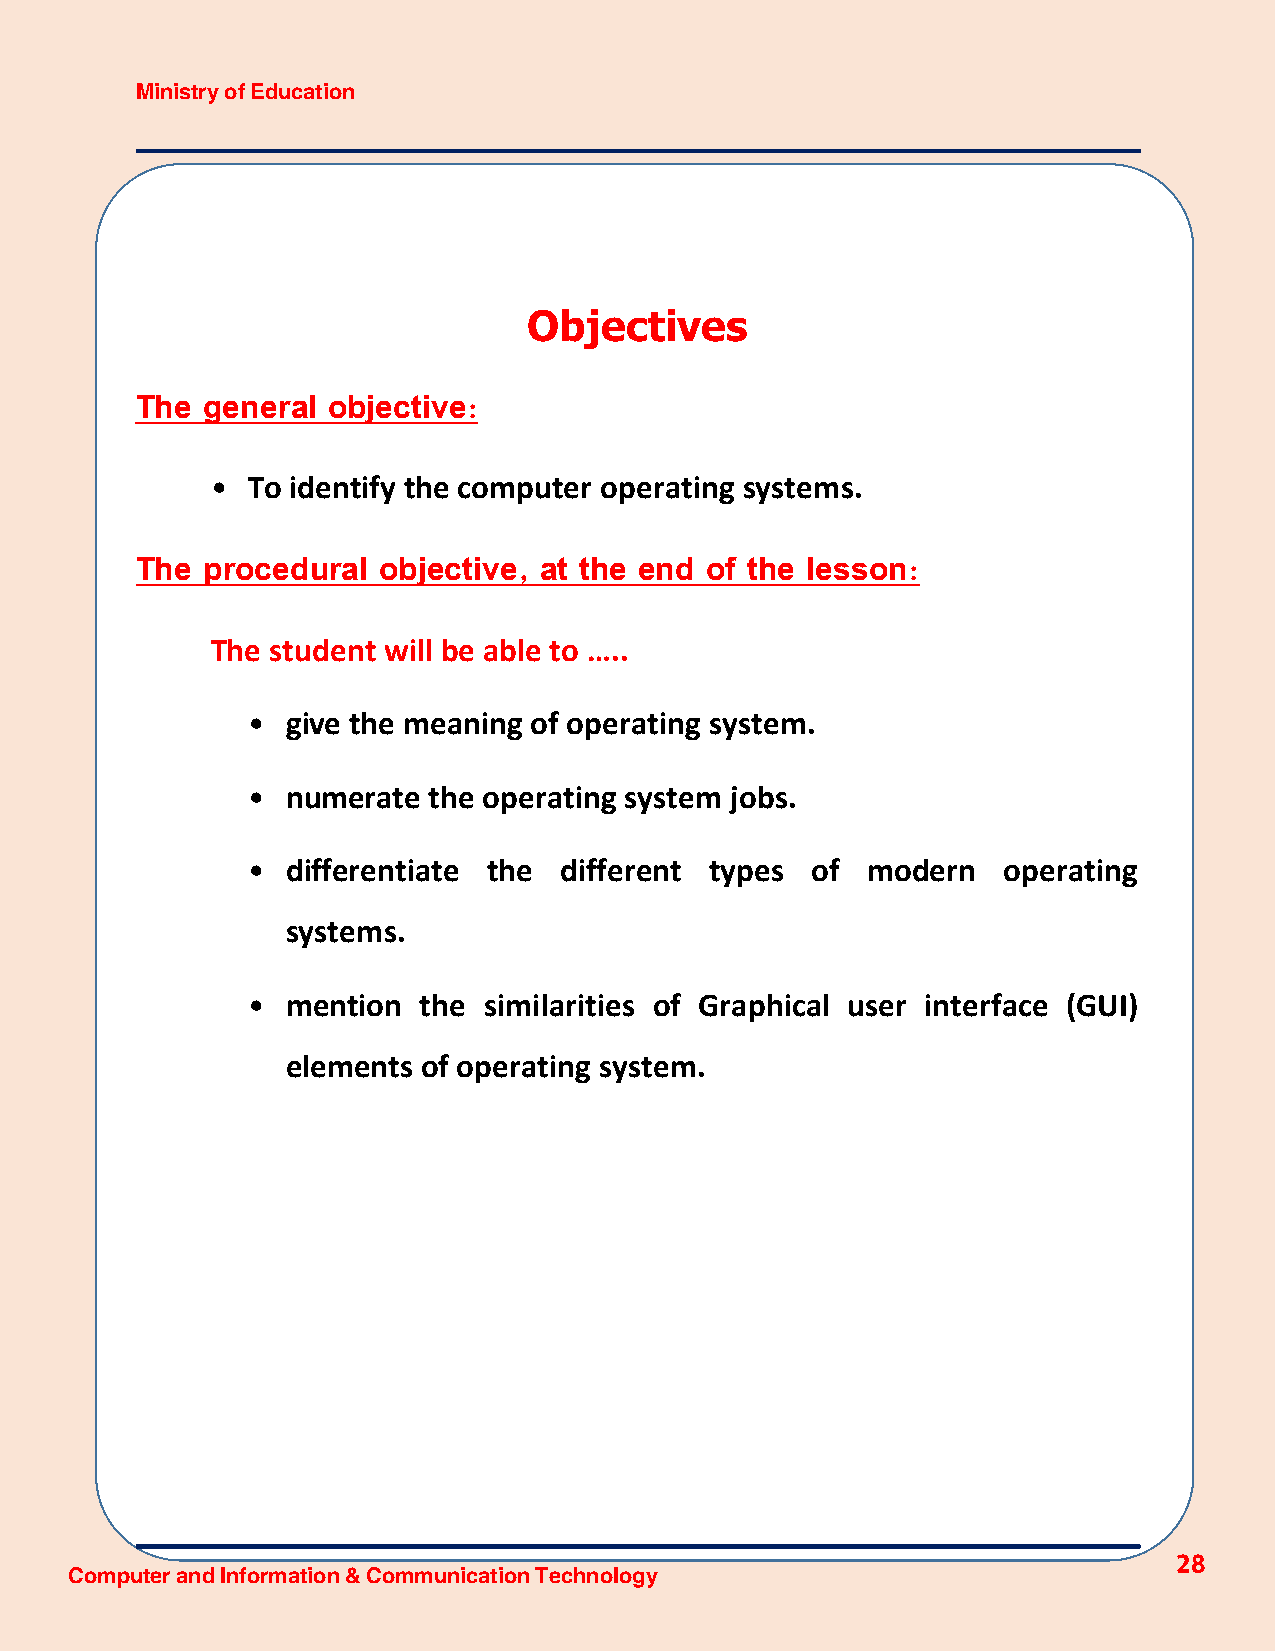
Ministry of Education
 Objectives
 The general  objective:
 • To identify the computer operating systems.
 The procedural  objective, at the end of the lesson:
 The student will be able to …..
 •  give the meaning of operating system.
 •  numerate the operating system jobs.
 •  differentiate the different types  of modern   operating
 systems.
 •  mention  the similarities of Graphical user interface (GUI)
 elements of operating system.
 28
 Computer and Information & Communication Technology